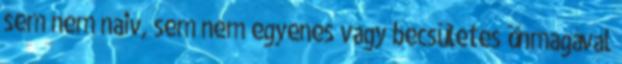
sem nem naiv, sem nem egyenes vagy becsületes önmagával